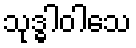
သုဒ္ဓါဝါသေ